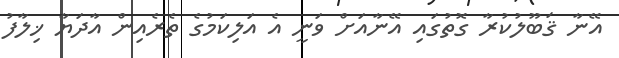
އޭނާ ޤަބޫލުކުރާ ގޮތުގައި އޭނާއަށް ވަނީ އެ އަލިކަމުގެ ތެރެއިން އާދަޔާ ޚިލާފު